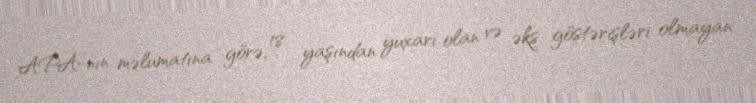
APA-nın məlumatına görə, 18 yaşından yuxarı olan və əks göstərişləri olmayan